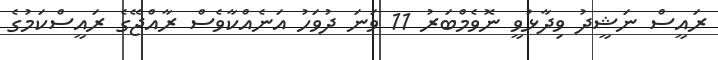
ރައީސް ނަޝީދު ވިދާޅުވީ ނޮވެމްބަރު 11 ވަނަ ދުވަހު އަނެއްކާވެސް ރާއްޖޭގެ ރައީސްކަމުގެ